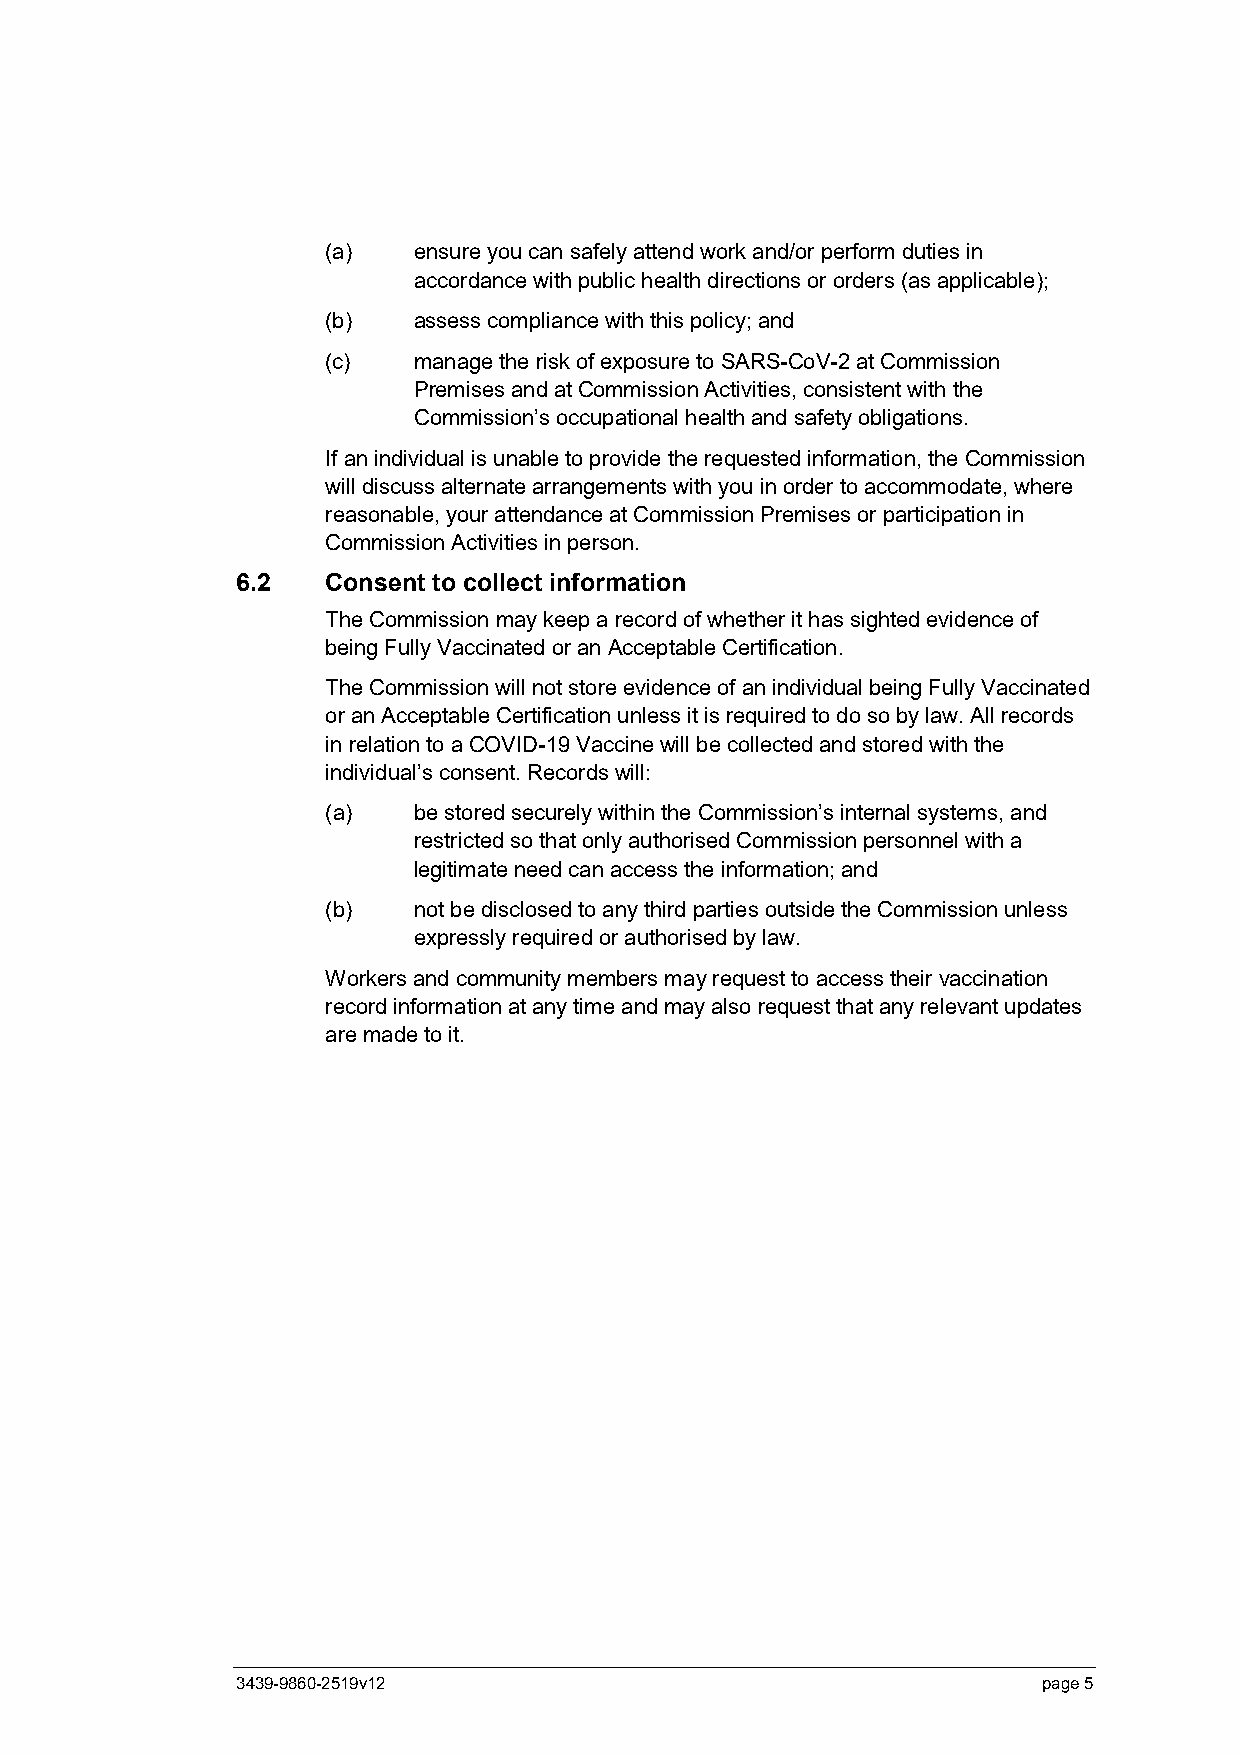
(a)  ensure you can safely attend work and/or perform duties in
 accordance with public health directions or orders (as applicable);
 (b)  assess compliance with this policy; and
 (c)  manage the risk of exposure to SARS-CoV-2 at Commission
 Premises and at Commission Activities, consistent with the
 Commission’s occupational health and safety obligations.
 If an individual is unable to provide the requested information, the Commission
 will discuss alternate arrangements with you in order to accommodate, where
 reasonable, your attendance at Commission Premises or participation in
 Commission Activities in person.
 6.2   Consent to collect information
 The Commission may keep a record of whether it has sighted evidence of
 being Fully Vaccinated or an Acceptable Certification.
 The Commission will not store evidence of an individual being Fully Vaccinated
 or an Acceptable Certification unless it is required to do so by law. All records
 in relation to a COVID-19 Vaccine will be collected and stored with the
 individual’s consent. Records will:
 (a)  be stored securely within the Commission’s internal systems, and
 restricted so that only authorised Commission personnel with a
 legitimate need can access the information; and
 (b)  not be disclosed to any third parties outside the Commission unless
 expressly required or authorised by law.
 Workers and community members may request to access their vaccination
 record information at any time and may also request that any relevant updates
 are made to it.
 3439-9860-2519v12                                    page 5